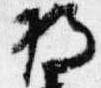
将